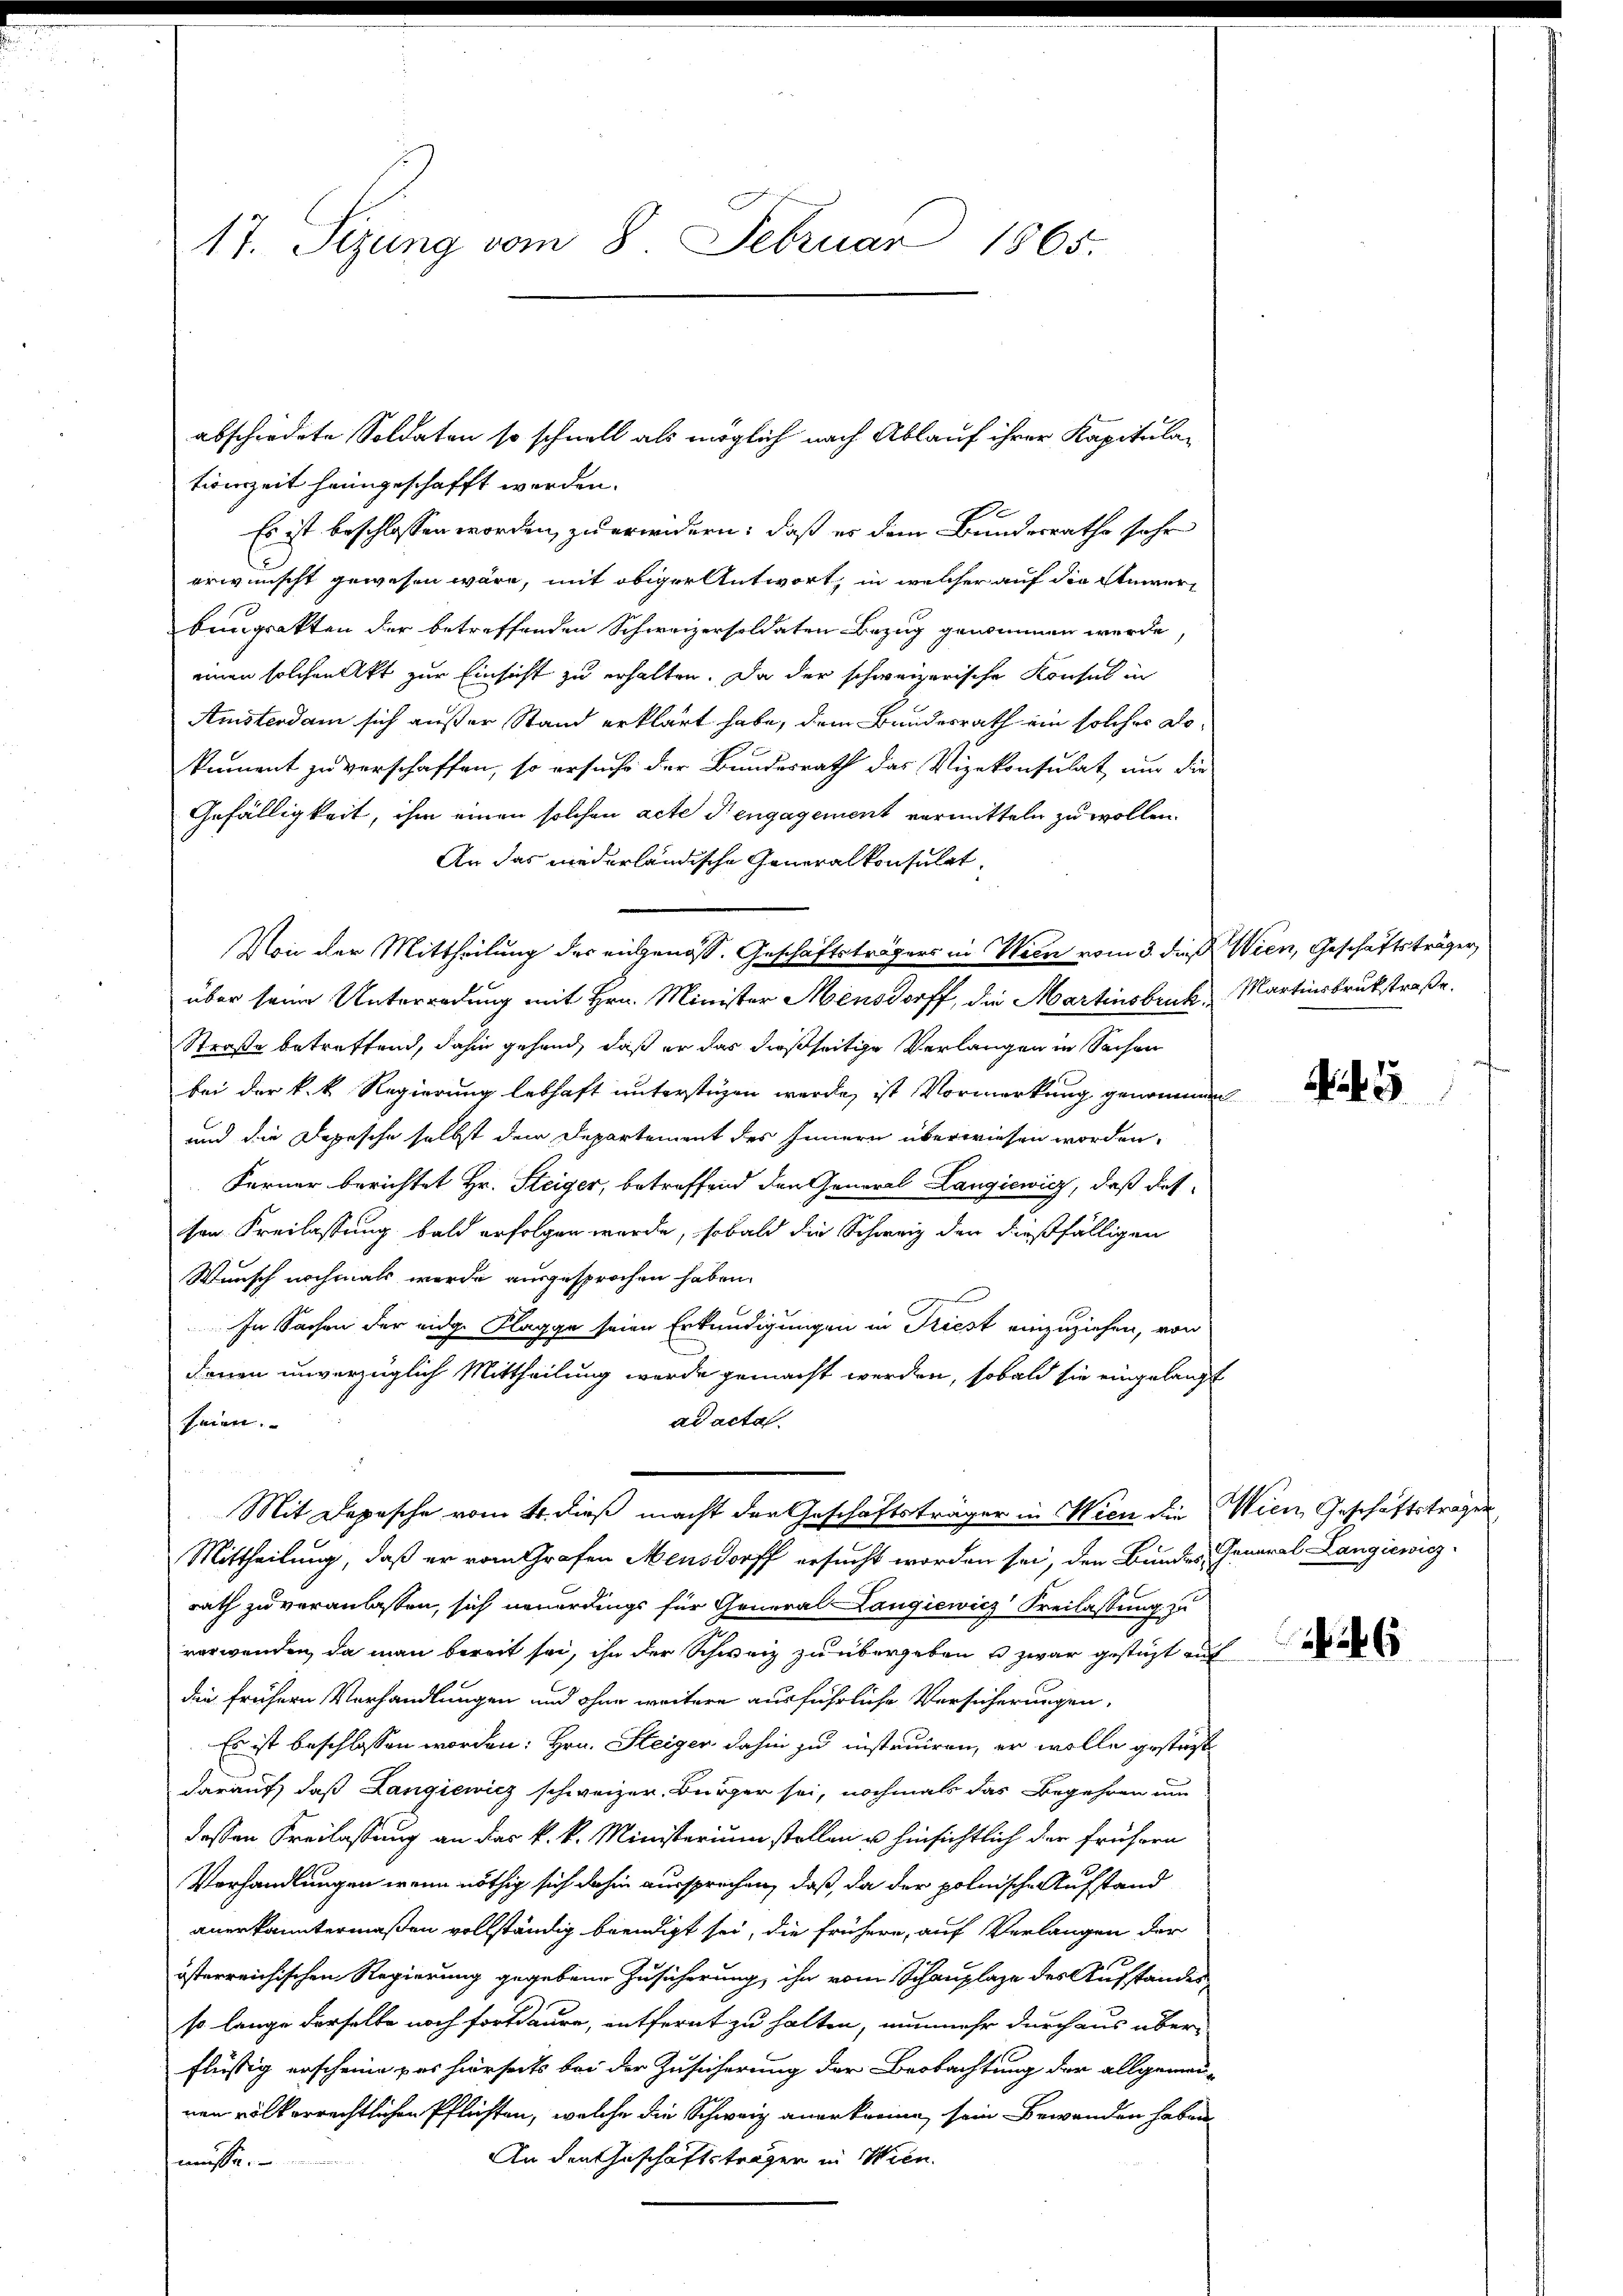
17. Sizung vom 8. Februar 1865.

tionszeit heimgeschafft werden.
Es ist beschlossen worden, zu erindern: daß er dem Bundesrathe sehr
erwünscht gewesen wäre, mit obiger Antwort, in welcher auf die Anwerbungsakten der betreffenden Schweizersoldaten Bezug genommen werde,
einen solchen Akt zur Einsicht zu erhalten. Da der schweizerische Konsul in
Anisterdam sich außer Stand erklärt habe, dem Bundesrath ein solcher alokament zu verschaffen, so ersuche der Bundesrath das Vizekonsulat, um die
Gefälligkeit, ihm einen solchen acte diengagement vermitteln zu wollen.
An das niederländische Generalkonsulat
Von der Mittheilung der eingenoss. Geschäftsträgers in Wien vom 3. dieß. Wien, Geschäftsträger,
über seine Unterredung mit Hrn. Minister Mensdorff, die Martinsbuch, Martinsbruckstraße.
Straße betreffend, dahin gehend, daß er das dießseitige Verlangen in Sachen
bei der k. k. Regierung lebhaft unterstüzen werde, ist Vormerkung genommen
und die Dopesche selbst dem Departement des Innern überwiesen worden.
Ferner berichtet Hr. Steiger, betreffend den General Langiewicz, daß das
ten Freilassung bald erfolgen wurde, sobald die Schweiz den dießfälligen
Wunsch nochmals werde ausgesprochen haben.
E
In Sachen der eidg. Klagge seien Erkundigungen in Priest einzuziehen, von
denen unverzüglich Mittheilung wurde gemacht werden, sobald sie eingelangt
ad acta
seien. |
Mit Depesche vom 4. dieß macht der Geschäftsträger in Wien die Wien, Geschäftsträgen
Mittheilung, daß er vom Grafen Mensdorff ersucht worden sei, den Bundes General Langiewicz
rath zu veranlassen, sich neuerdings für General Langiewicz Freilassung zu
verwenden, da man bereit sei, ihn der Schweiz zu übergeben u zwar gestüzt auf
dein frühern Verhandlungen und ohne weitere ausführliche Versicherungen,
Es ist beschlossen worden: Hrn. Steiger dahin zu instruiren, er wolle gesteht
darauf, daß Langiewicz schweizer, Bürger sei, nochmals das Begehren um
dessen Freilassung an das k. k. Ministerium stellen u hinsichtlich der frühern
Vorhandlungen wenn nöthig sich dahin aussprechen, daß, da der polnische Aufstand
anerkanntermaßen vollständig beendigt sei, die frühere, auf Verlangen der
österreichischen Regierung gegebene Zusicherung ihn vom Schauplage des Aufstandes
so lange derselbe noch fortdaure, entfernt zu halten, nunmehr durch aus über
flüssig erscheine par hierseits bei der Zusicherung der Beobachtung der allgemei-
nen völkerrechtlichen Pflichten, welche die Schweiz anerkenne, sein Bewanden haben
An den Geschäftsträger in Wien.
müsse.

abschrödete Soldaten so schnell als möglich nach Ablauf ihrer Kapitula¬

5

26